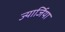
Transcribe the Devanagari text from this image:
ज्यार्जिया